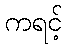
ကရင့်